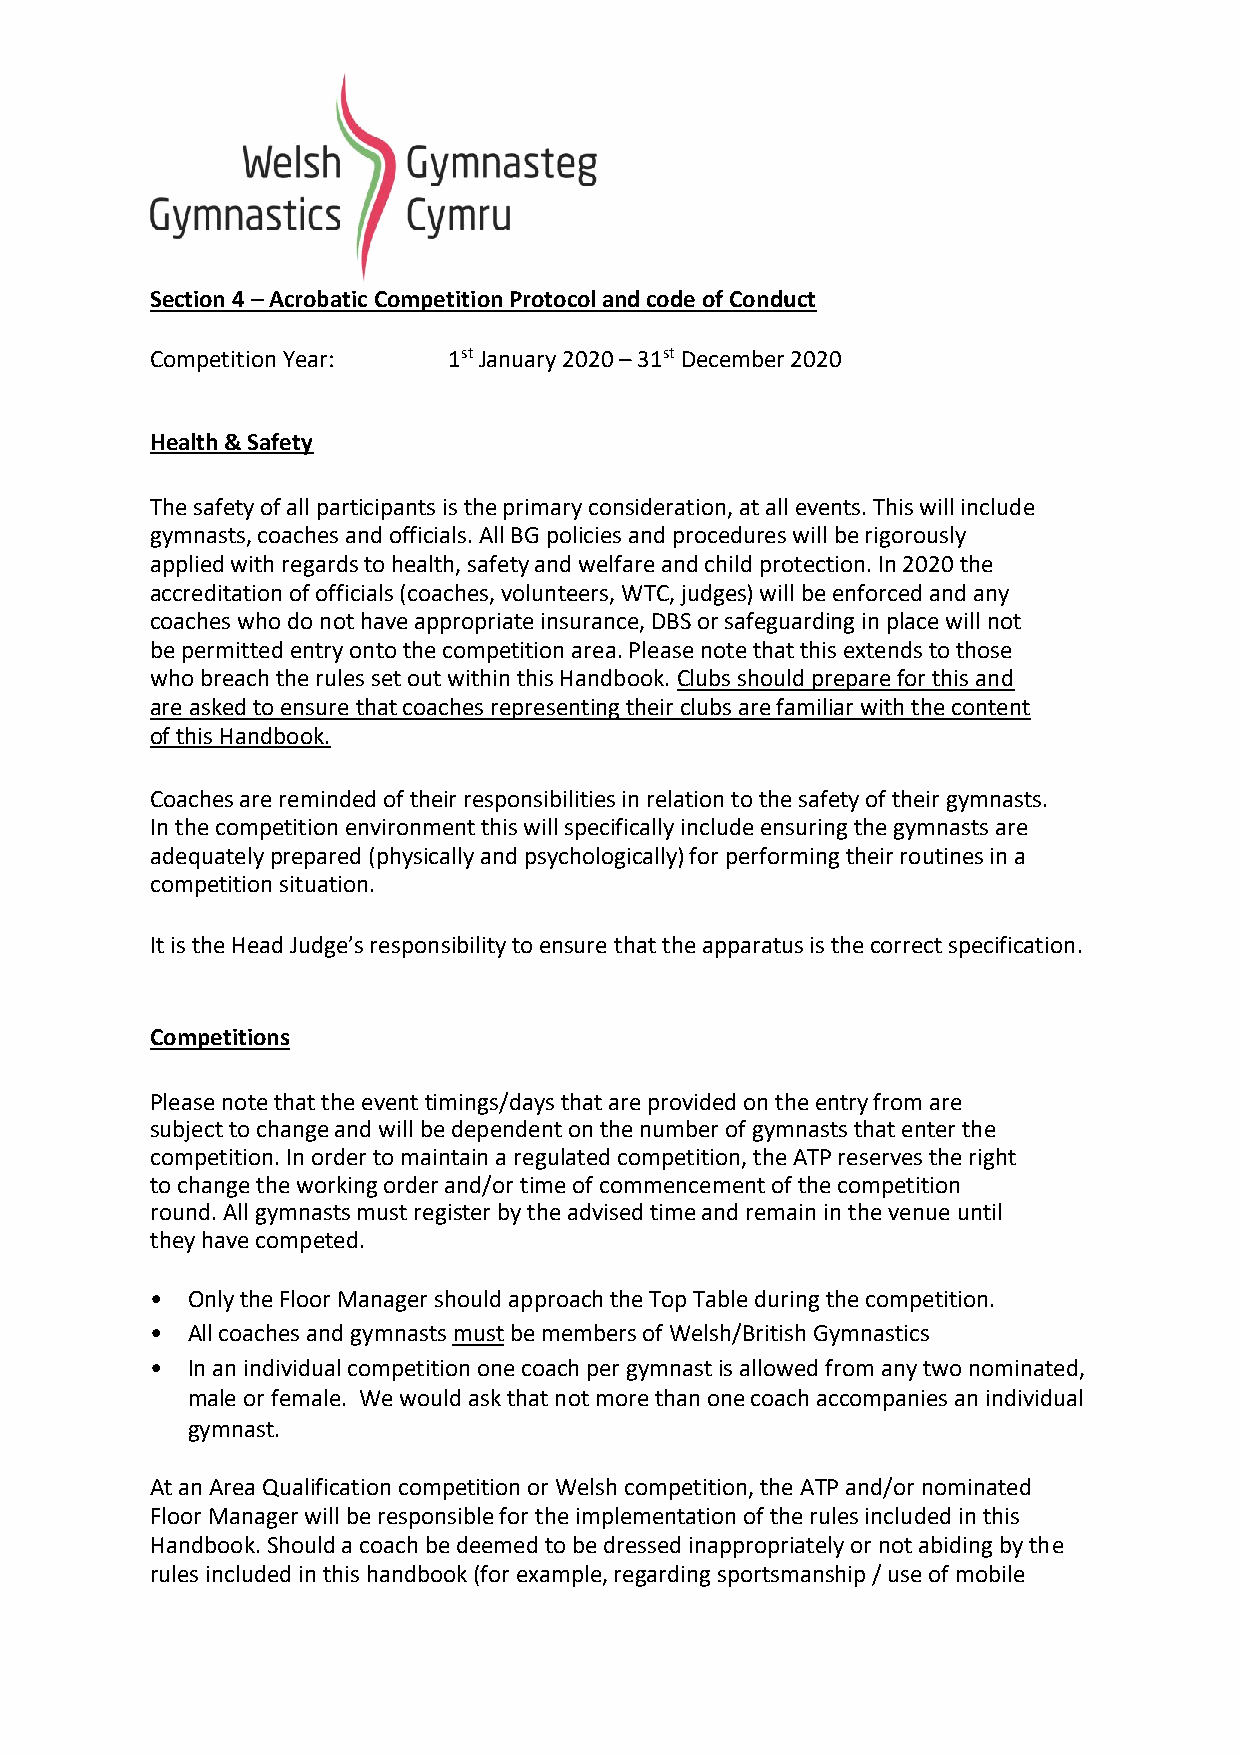
Section 4 – Acrobatic Competition Protocol and code of Conduct
 Competition Year:   1st January 2020 – 31st December 2020
 Health & Safety
 The safety of all participants is the primary consideration, at all events. This will include
 gymnasts, coaches and officials. All BG policies and procedures will be rigorously
 applied with regards to health, safety and welfare and child protection. In 2020 the
 accreditation of officials (coaches, volunteers, WTC, judges) will be enforced and any
 coaches who do not have appropriate insurance, DBS or safeguarding in place will not
 be permitted entry onto the competition area. Please note that this extends to those
 who breach the rules set out within this Handbook. Clubs should prepare for this and
 are asked to ensure that coaches representing their clubs are familiar with the content
 of this Handbook.
 Coaches are reminded of their responsibilities in relation to the safety of their gymnasts.
 In the competition environment this will specifically include ensuring the gymnasts are
 adequately prepared (physically and psychologically) for performing their routines in a
 competition situation.
 It is the Head Judge’s responsibility to ensure that the apparatus is the correct specification.
 Competitions
 Please note that the event timings/days that are provided on the entry from are
 subject to change and will be dependent on the number of gymnasts that enter the
 competition. In order to maintain a regulated competition, the ATP reserves the right
 to change the working order and/or time of commencement of the competition
 round. All gymnasts must register by the advised time and remain in the venue until
 they have competed.
 • Only the Floor Manager should approach the Top Table during the competition.
 • All coaches and gymnasts must be members of Welsh/British Gymnastics
 • In an individual competition one coach per gymnast is allowed from any two nominated,
 male or female. We would ask that not more than one coach accompanies an individual
 gymnast.
 At an Area Qualification competition or Welsh competition, the ATP and/or nominated
 Floor Manager will be responsible for the implementation of the rules included in this
 Handbook. Should a coach be deemed to be dressed inappropriately or not abiding by the
 rules included in this handbook (for example, regarding sportsmanship / use of mobile